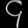
Digit: ၄